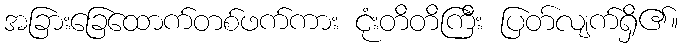
အခြားခြေထောက်တစ်ဖက်ကား ငုံးတိတိကြီး ပြတ်လျက်ရှိ၏။